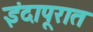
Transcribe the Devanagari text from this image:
इंदापूरात